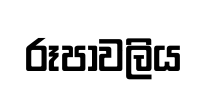
රූපාවලිය